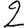
Digit: 2